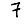
Digit: 7